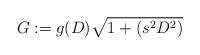
LaTeX: \begin{align*}G:=g(D)\sqrt{1+(s^2 D^2)}\end{align*}